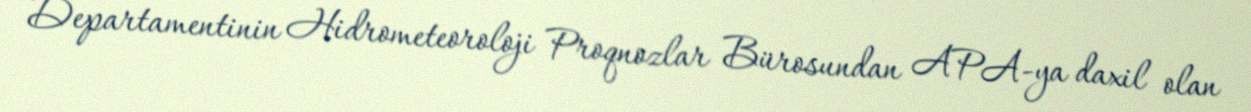
Departamentinin Hidrometeoroloji Proqnozlar Bürosundan APA-ya daxil olan